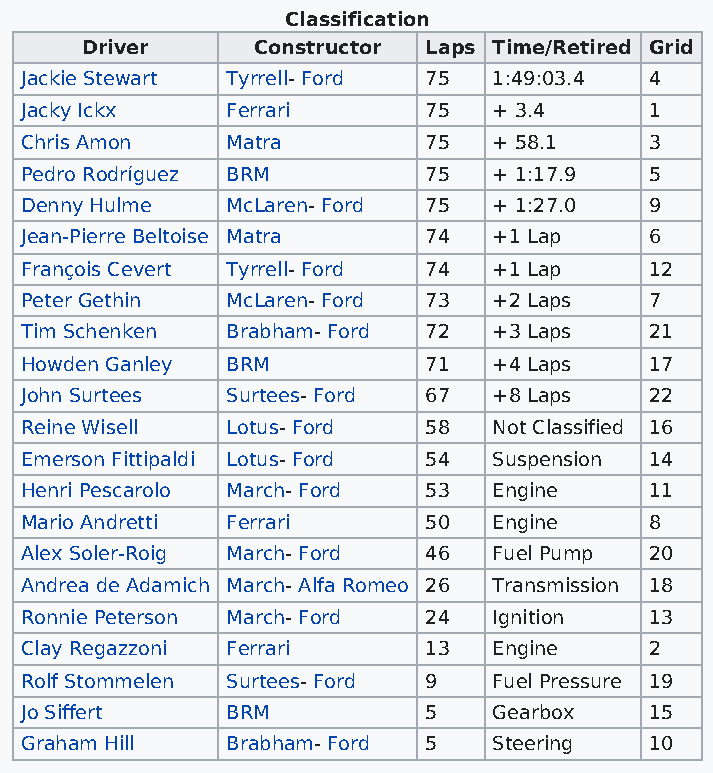
Classification
 Driver      Constructor Laps Time/Retired Grid
 Jackie Stewart Tyrrell- Ford 75 1:49:03.4 4
 Jacky Ickx    Ferrari      75   + 3.4     1
 Chris Amon    Matra        75   + 58.1    3
 Pedro Rodríguez BRM        75   + 1:17.9  5
 Denny Hulme   McLaren- Ford 75  + 1:27.0  9
 Jean-Pierre Beltoise Matra 74   +1 Lap    6
 François Cevert Tyrrell- Ford 74 +1 Lap   12
 Peter Gethin  McLaren- Ford 73  +2 Laps   7
 Tim Schenken  Brabham- Ford 72  +3 Laps   21
 Howden Ganley BRM          71   +4 Laps   17
 John Surtees  Surtees- Ford 67  +8 Laps   22
 Reine Wisell  Lotus- Ford  58   Not Classified 16
 Emerson Fittipaldi Lotus- Ford 54 Suspension 14
 Henri Pescarolo March- Ford 53  Engine    11
 Mario Andretti Ferrari     50   Engine    8
 Alex Soler-Roig March- Ford 46  Fuel Pump 20
 Andrea de Adamich March- Alfa Romeo 26 Transmission 18
 Ronnie Peterson March- Ford 24  Ignition  13
 Clay Regazzoni Ferrari     13   Engine    2
 Rolf Stommelen Surtees- Ford 9  Fuel Pressure 19
 Jo Siffert    BRM          5    Gearbox   15
 Graham Hill   Brabham- Ford 5   Steering  10